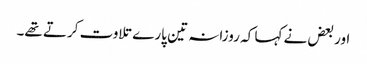
اور بعض نے کہا کہ روزانہ تین پارے تلاوت کرتے تھے۔